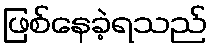
ဖြစ်နေခဲ့ရသည်